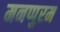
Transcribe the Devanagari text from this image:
मनप्पुरम